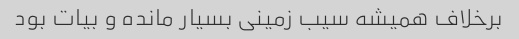
برخلاف همیشه سیب زمینی بسیار مانده و بیات بود